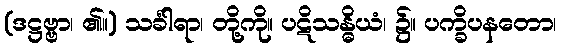
(ဒဋ္ဌဗ္ဗာ၊ ၏။) သင်္ခါရာ၊ တို့ကို။ ပဋိသန္ဓိယံ၊ ၌။ ပက္ခိပနတော၊